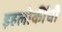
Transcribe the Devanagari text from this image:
इहलोकींची